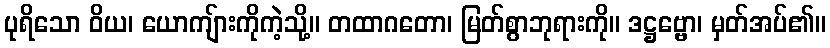
ပုရိသော ဝိယ၊ ယောကျ်ားကိုကဲ့သို့။ တထာဂတော၊ မြတ်စွာဘုရားကို။ ဒဋ္ဌဗ္ဗော၊ မှတ်အပ်၏။